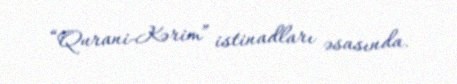
“Qurani-Kərim” istinadları əsasında.